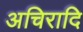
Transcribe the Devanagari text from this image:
अचिरादि